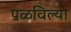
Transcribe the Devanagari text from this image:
पळविल्या